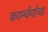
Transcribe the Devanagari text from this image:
कार्म्चर्यांचा